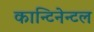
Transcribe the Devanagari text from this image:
कान्टिनेन्टल